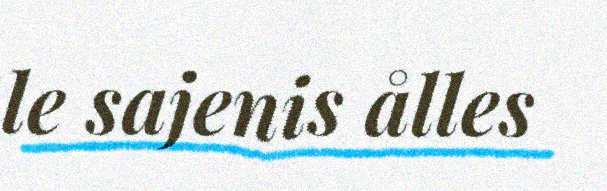
le sajenis ålles